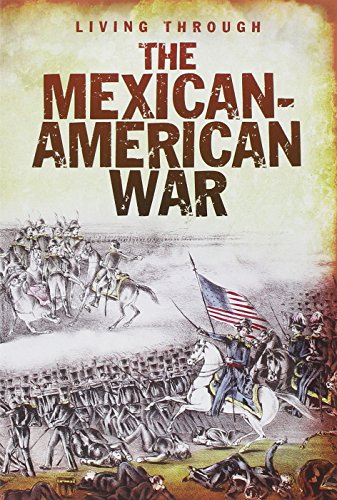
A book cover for The Mexican-American War (Living Through. . .); John DiConsiglio; Children's Books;